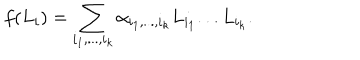
f ( L _ { i } ) = \sum _ { i _ { 1 } , . . . , i _ { k } } { \alpha } _ { i _ { 1 } , . . . , i _ { k } } L _ { i _ { 1 } } . . . L _ { i _ { k } } .